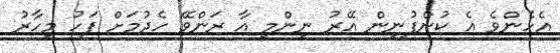
އެހެންވެ އެ ކުންފުނިން އޭރު ނިންމީ އާ ރަންވޭ ހެދުމަށް ފަހު މިހާރު